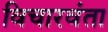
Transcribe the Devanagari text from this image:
विचारवंता